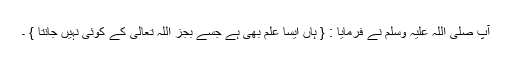
آپ صلی اللہ علیہ وسلم نے فرمایا : { ہاں ایسا علم بھی ہے جسے بجز اللہ تعالیٰ کے کوئی نہیں جانتا } ۔